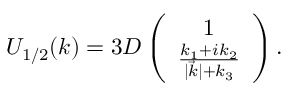
U _ { 1 / 2 } ( k ) = 3 D \left( \begin{array} { c c } { { 1 } } \\ { { \frac { k _ { 1 } + i k _ { 2 } } { | \vec { k } | + k _ { 3 } } } } \end{array} \right) .